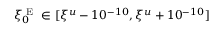
\xi _ { 0 } ^ { \mathrm { ~ E ~ } } \in [ \xi ^ { u } - 1 0 ^ { - 1 0 } , \xi ^ { u } + 1 0 ^ { - 1 0 } ]